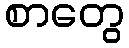
စာတွေ